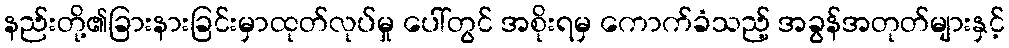
နည်းတို့၏ခြားနားခြင်းမှာထုတ်လုပ်မှု ပေါ်တွင် အစိုးရမှ ကောက်ခံသည့် အခွန်အတုတ်များနှင့်